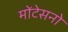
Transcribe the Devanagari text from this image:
मोंटेसनो